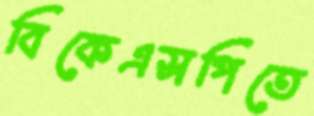
বিকেএসপিতে